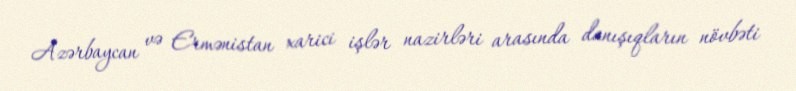
Azərbaycan və Ermənistan xarici işlər nazirləri arasında danışıqların növbəti